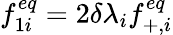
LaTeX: f_{1i}^{eq}=2\delta\lambda_{i}f_{+,i}^{eq}